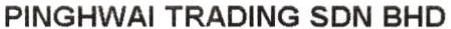
PINGHWAI TRADING SDN BHD